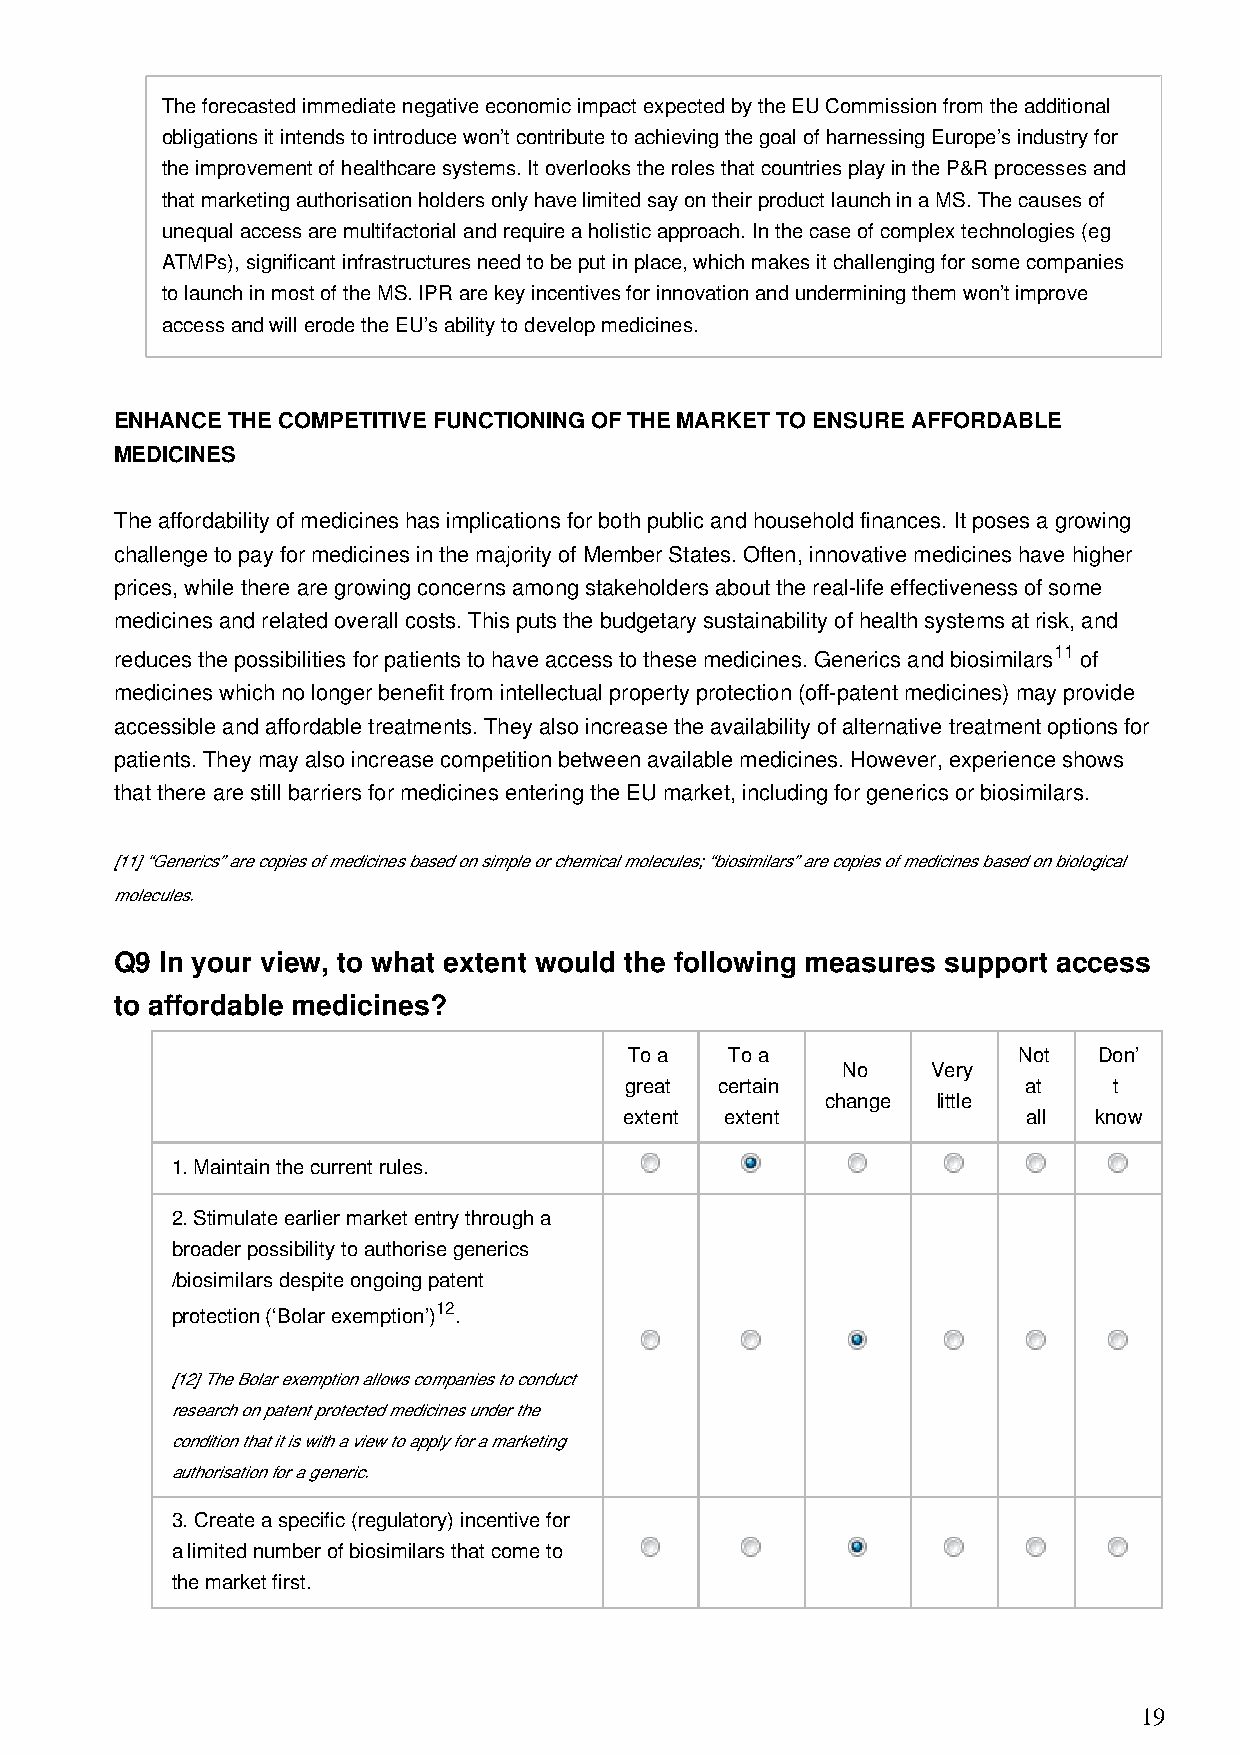
The forecasted immediate negative economic impact expected by the EU Commission from the additional
 obligations it intends to introduce won’t contribute to achieving the goal of harnessing Europe’s industry for
 the improvement of healthcare systems. It overlooks the roles that countries play in the P&R processes and
 that marketing authorisation holders only have limited say on their product launch in a MS. The causes of
 unequal access are multifactorial and require a holistic approach. In the case of complex technologies (eg
 ATMPs), significant infrastructures need to be put in place, which makes it challenging for some companies
 to launch in most of the MS. IPR are key incentives for innovation and undermining them won’t improve
 access and will erode the EU’s ability to develop medicines.
 ENHANCE THE COMPETITIVE FUNCTIONING OF THE MARKET TO ENSURE AFFORDABLE
 MEDICINES
 The affordability of medicines has implications for both public and household finances. It poses a growing
 challenge to pay for medicines in the majority of Member States. Often, innovative medicines have higher
 prices, while there are growing concerns among stakeholders about the real-life effectiveness of some
 medicines and related overall costs. This puts the budgetary sustainability of health systems at risk, and
 11
 reduces the possibilities for patients to have access to these medicines. Generics and biosimilars of
 medicines which no longer benefit from intellectual property protection (off-patent medicines) may provide
 accessible and affordable treatments. They also increase the availability of alternative treatment options for
 patients. They may also increase competition between available medicines. However, experience shows
 that there are still barriers for medicines entering the EU market, including for generics or biosimilars.
 [11] “Generics” are copies of medicines based on simple or chemical molecules; “biosimilars” are copies of medicines based on biological
 molecules.
 Q9 In your view, to what extent would the following measures support access
 to affordable medicines?
 To a  To a               Not   Don’
 No    Very
 great  certain             at    t
 change little
 extent extent              all know
 1. Maintain the current rules.
 2. Stimulate earlier market entry through a
 broader possibility to authorise generics
 /biosimilars despite ongoing patent
 protection (‘Bolar exemption’)12.
 [12] The Bolar exemption allows companies to conduct
 research on patent protected medicines under the
 condition that it is with a view to apply for a marketing
 authorisation for a generic.
 3. Create a specific (regulatory) incentive for
 a limited number of biosimilars that come to
 the market first.
 19